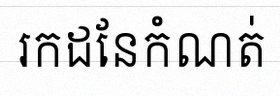
រកដែនកំណត់